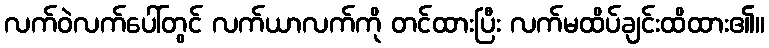
လက်ဝဲလက်ပေါ်တွင် လက်ယာလက်ကို တင်ထားပြီး လက်မထိပ်ချင်းထိထား၏။